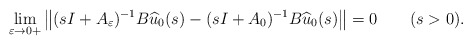
\begin{align*}\displaystyle\lim_{\varepsilon\to 0+}\left\| (sI+A_\varepsilon)^{-1} B\widehat u_0(s)-(sI+A_0)^{-1} B\widehat u_0(s)\right\|=0 \qquad(s>0).\end{align*}